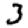
Digit: 3